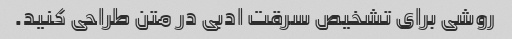
روشی برای تشخیص سرقت ادبی در متن طراحی کنید.